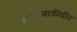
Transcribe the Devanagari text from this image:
काव्यकारकीर्दीत